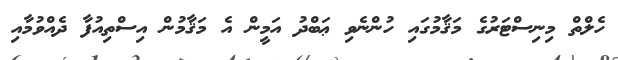
ހެލްތް މިނިސްޓަރުގެ މަޤާމުގައި ހުންނެވި ޢަބްދު އަމީން އެ މަޤާމުން އިސްތިއުފާ ދެއްވުމާއި